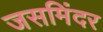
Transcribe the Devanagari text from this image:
जसमिंदर